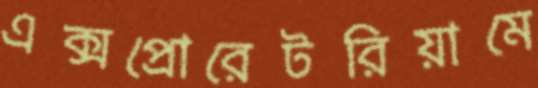
এক্সপ্রোরেটরিয়ামে